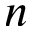
n